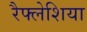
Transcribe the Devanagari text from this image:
रैफ्लेशिया